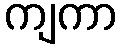
ကျကာ